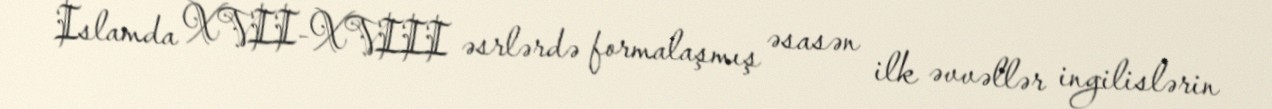
İslamda XVII-XVIII əsrlərdə formalaşmış əsasən ilk əvvəllər ingilislərin